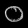
Digit: ၀